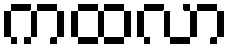
ကထလာ